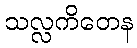
သလ္လကိတေန